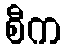
စီက